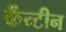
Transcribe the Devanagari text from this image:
कैंन्टीन